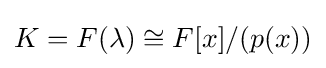
K=F(\lambda )\cong F[x]/(p(x))